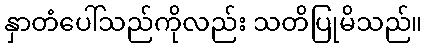
နှာတံပေါ်သည်ကိုလည်း သတိပြုမိသည်။